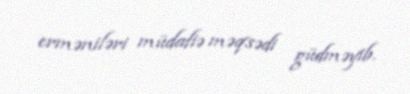
erməniləri müdafiə məqsədi güdməyib.